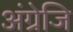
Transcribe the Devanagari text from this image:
अंग्रेजि